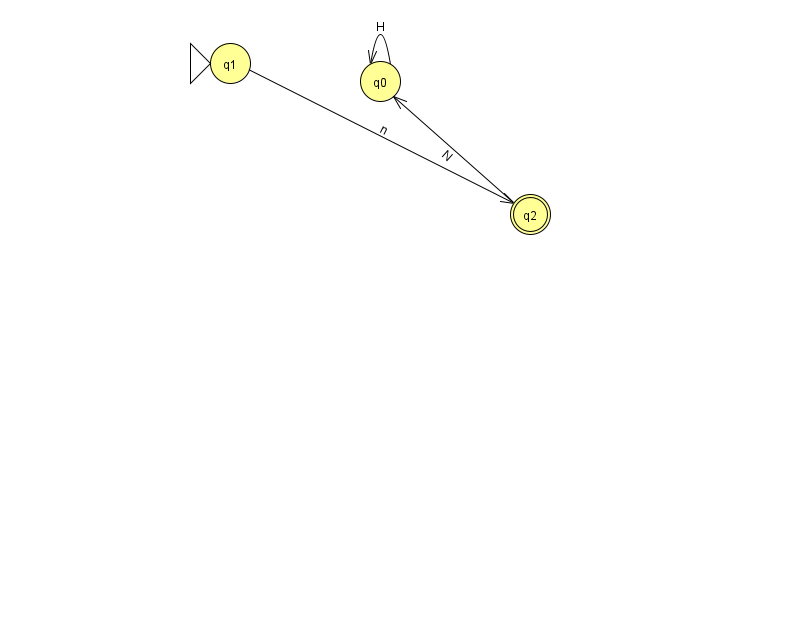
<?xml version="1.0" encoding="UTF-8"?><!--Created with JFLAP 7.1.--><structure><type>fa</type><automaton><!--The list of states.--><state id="0" name="q0"><x>380.0</x><y>68.0</y></state><state id="1" name="q1"><x>230.0</x><y>50.0</y><initial/></state><state id="2" name="q2"><x>530.0</x><y>201.0</y><final/></state><!--The list of transitions.--><transition><from>2</from><to>0</to><read>N</read></transition><transition><from>0</from><to>0</to><read>H</read></transition><transition><from>1</from><to>2</to><read>n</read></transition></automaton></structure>